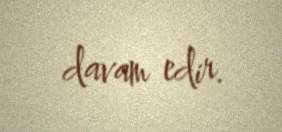
davam edir.